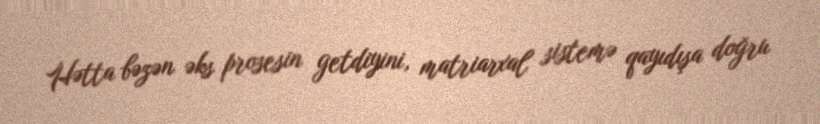
Hətta bəzən əks prosesin getdiyini, matriarxal sistemə qayıdışa doğru